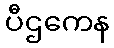
ပီဌကေန